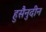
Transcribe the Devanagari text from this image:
हुसैनुदीन